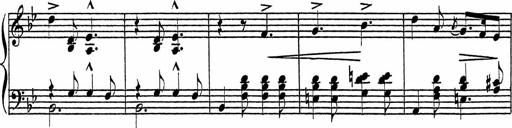
Title: Piano Sonatinas
Composer: Charles Fradel